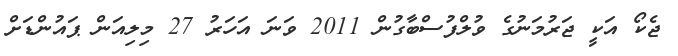
ޖެކޯ އަކީ ޖަރުމަނުގެ ވުލްފުސްބާގުން 2011 ވަނަ އަހަރު 27 މިލިއަން ޕައުންޑަށް